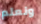
ونعلم